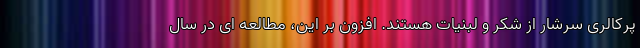
پرکالری سرشار از شکر و لبنیات هستند. افزون بر این، مطالعه ای در سال